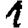
Digit: 1